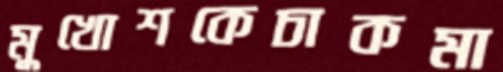
মুখোশকেচাকমা